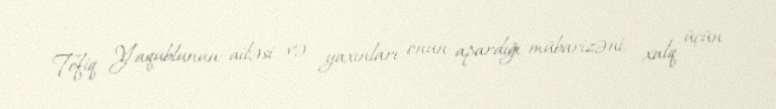
Tofiq Yaqublunun ailəsi və yaxınları onun apardığı mübarizəni, xalq üçün